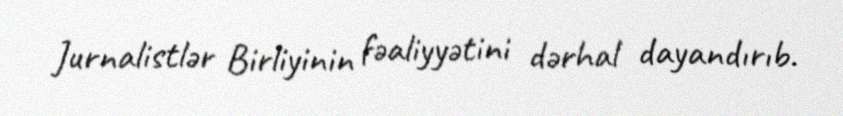
Jurnalistlər Birliyinin fəaliyyətini dərhal dayandırıb.